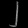
Digit: ၂